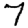
Digit: 7